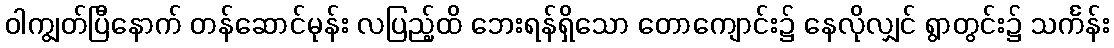
ဝါကျွတ်ပြီနောက် တန်ဆောင်မုန်း လပြည့်ထိ ဘေးရန်ရှိသော တောကျောင်း၌ နေလိုလျှင် ရွာတွင်း၌ သင်္ကန်း